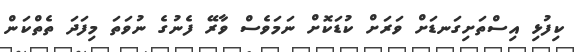
ކިފުޅި އިސްތަށިގަނޑަށް ވަރަށް ކުޑަކޮށް ނަމަވެސް ވާރޭ ފެނުގެ ނުވަތަ މިފަދަ ތެތްކަން